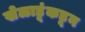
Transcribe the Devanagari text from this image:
खेळाडूंकडून